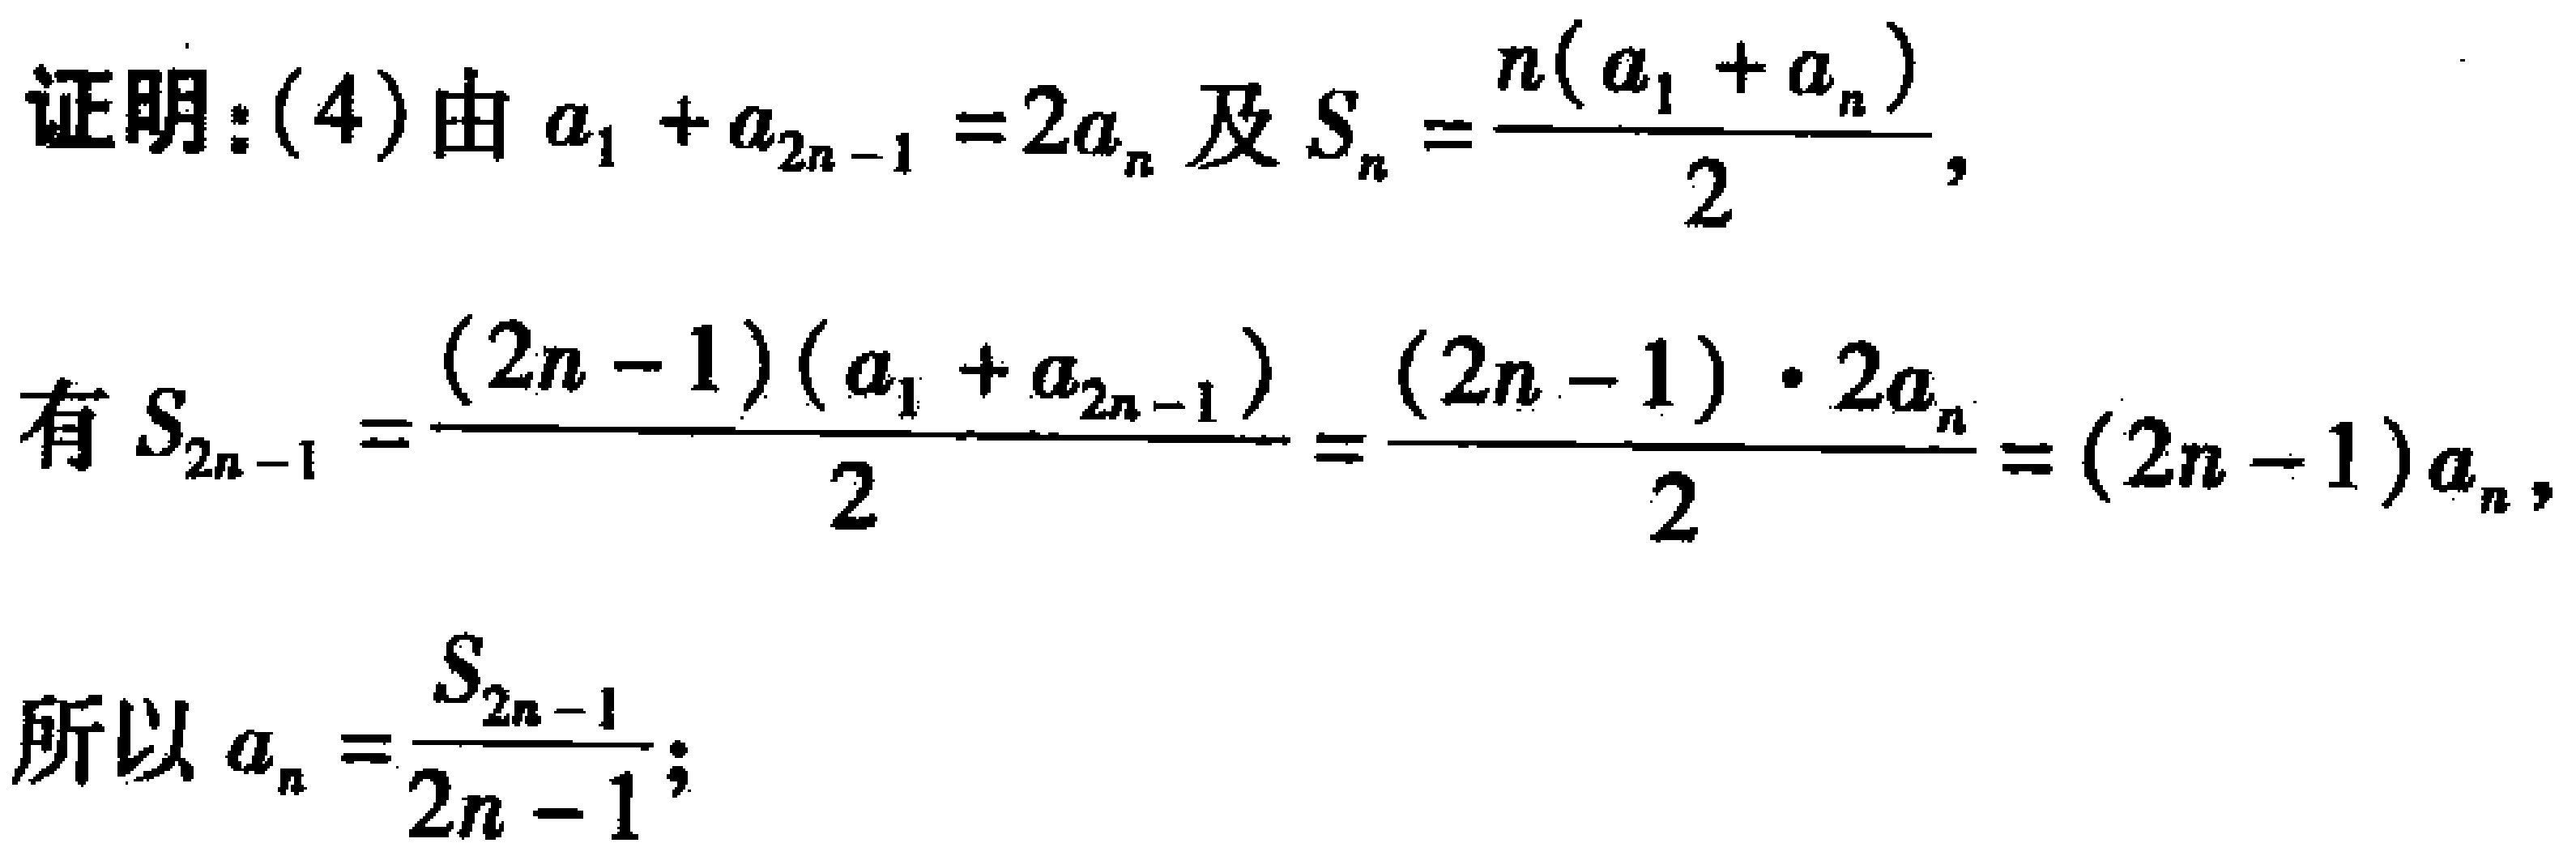
证明：(4) 由 \(a_{1}+a_{2n - 1}=2a_{n}\) 及 \(S_{n}=\frac{n(a_{1}+a_{n})}{2}\)，
有 \(S_{2n - 1}=\frac{(2n - 1)(a_{1}+a_{2n - 1})}{2}=\frac{(2n - 1)\cdot 2a_{n}}{2}=(2n - 1)a_{n}\)，
所以 \(a_{n}=\frac{S_{2n - 1}}{2n - 1}\)；